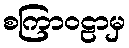
စကြာဝဠာမှ